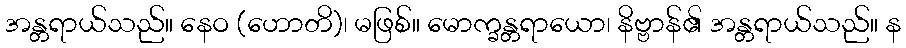
အန္တရာယ်သည်။ နေဝ (ဟောတိ)၊ မဖြစ်။ မောက္ခန္တရာယော၊ နိဗ္ဗာန်၏ အန္တရာယ်သည်။ န